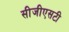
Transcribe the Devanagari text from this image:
सीजीएसटी